Vaccination in Bombay 1863-1868 - 1863-1868
Year: 1863
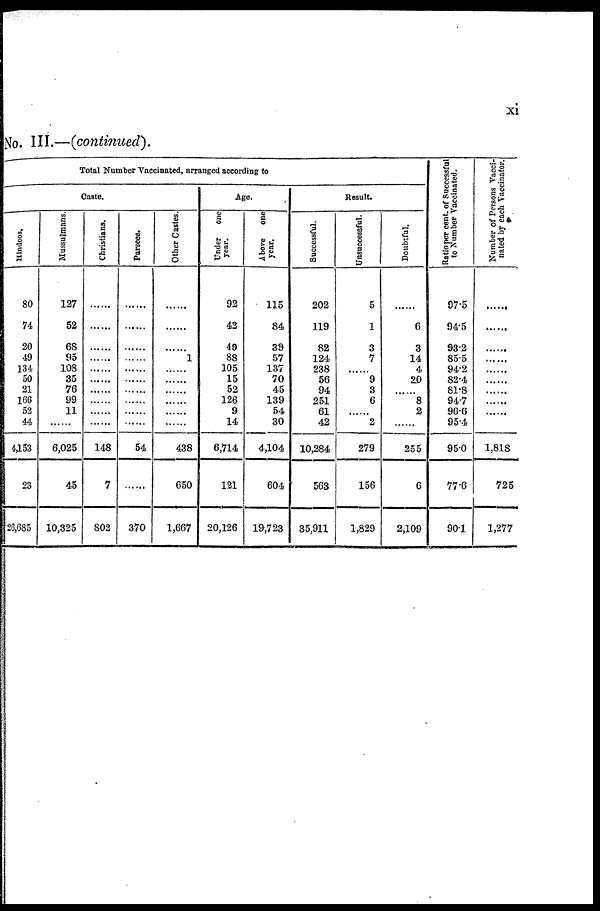
xi
No. III.—(continued).
Total Number Vaccinated, arranged according to
Caste.
Hindoos.
80
74
20
49
134
50
21
166
52
44
4,153
23
26,685
Mussulmans.
127
52
68
95
108
35
76
99
11
......
6,025
45
10,325
Christians.
......
......
......
......
......
......
......
......
......
148
7
802
Parsees.
......
......
......
......
......
......
......
......
......
......
54
......
370
Other Castes.
......
......
......
1
......
......
......
......
......
......
438
650
1,667
Ago.
Under one
year.
92
42
49
88
105
15
52
126
9
14
6,714
121
20,126
Above one
year.
115
84
39
57
137
70
45
139
54
30
4,104
604
19,723
Result.
Successful.
202
119
82
124
238
56
94
251
61
42
10,284
563
35,911
Unsuccessful.
5
1
3
7
......
9
3
6
......
2
279
156
1,829
Doubtful.
......
6
3
14
4
20
......
8
2
......
255
6
2,109
Ratio per cent. of Successful
to Number Vaccinated.
97.5
94.5
93.2
85.5
94.2
82.4
81.8
94.7
96.6
95.4
95.0
77.6
90.1
Number of Persons Vacci¬
nated by each Vaccinator.
...
......
......
......
......
......
......
......
......
......
1,818
725
1,277